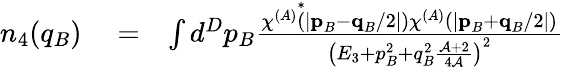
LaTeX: \begin{array}{rlr}{n_{4}(q_{B})}&{{}=}&{\int d^{D}p_{B}\frac{\chi^{(A)}\overset{*}{(}\lvert\textbf{p}_{B}-\textbf{q}_{B}/2\rvert)\chi^{(A)}(\lvert\textbf{p}_{B}+\textbf{q}_{B}/2\rvert)}{\left(E_{3}+p_{B}^{2}+q_{B}^{2}\frac{\mathcal{A}+2}{4\mathcal{A}}\right)^{2}}}\end{array}